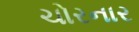
ચોરનાર